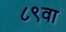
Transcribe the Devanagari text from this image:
८९वा